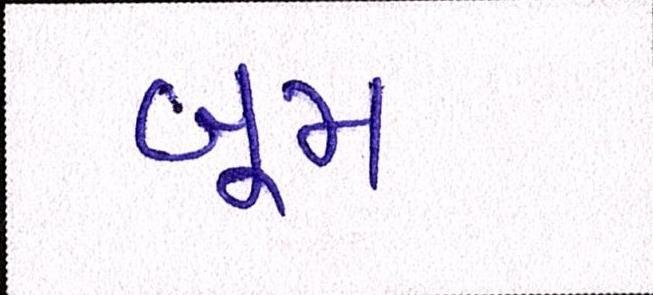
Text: બૂમ